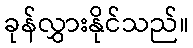
ခုန်လွှားနိုင်သည်။